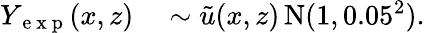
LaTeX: \begin{array}{rl}{Y_{\mathrm{~e~x~p~}}(x,z)}&{{}\sim\tilde{u}(x,z)\, \mathrm{N}(1,0.05^{2}).}\end{array}